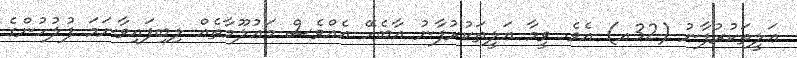
ޢަލީތަކުރުފާނު (32އ) އެވެ. ވީމާ ޢަލީތަކުރުފާނު އާބެހޭ އެއްވެސް މަޢުލޫމާތެއް ލިބިފައިވާނަމަ ފުލުހުންގެ